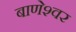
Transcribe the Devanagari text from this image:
बाणेश्‍वर